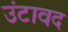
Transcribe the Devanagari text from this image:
उंटावद